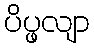
ပိပ္ဖလျာ